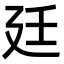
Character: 廷